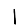
Digit: 1